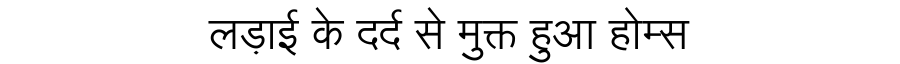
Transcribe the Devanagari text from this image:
लड़ाई के दर्द से मुक्त हुआ होम्स